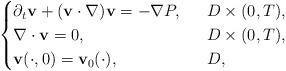
LaTeX: \begin{align*}\begin{cases}\partial_t\mathbf{v}+(\mathbf{v}\cdot \nabla)\mathbf{v}=-\nabla P,\ \ &D\times (0,T),\\\nabla\cdot \mathbf{v}=0,\ \ &D\times (0,T),\\\mathbf{v}(\cdot, 0)=\mathbf{v}_0(\cdot), \ \ &D,\end{cases}\end{align*}